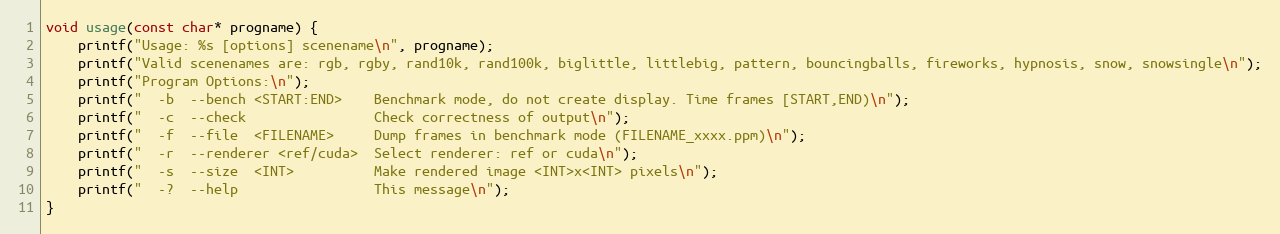
Language: C++
void usage(const char* progname) {
    printf("Usage: %s [options] scenename\n", progname);
    printf("Valid scenenames are: rgb, rgby, rand10k, rand100k, biglittle, littlebig, pattern, bouncingballs, fireworks, hypnosis, snow, snowsingle\n");
    printf("Program Options:\n");
    printf("  -b  --bench <START:END>    Benchmark mode, do not create display. Time frames [START,END)\n");
    printf("  -c  --check                Check correctness of output\n");
    printf("  -f  --file  <FILENAME>     Dump frames in benchmark mode (FILENAME_xxxx.ppm)\n");
    printf("  -r  --renderer <ref/cuda>  Select renderer: ref or cuda\n");
    printf("  -s  --size  <INT>          Make rendered image <INT>x<INT> pixels\n");
    printf("  -?  --help                 This message\n");
}